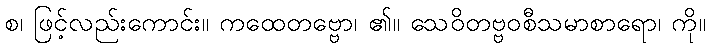
စ၊ ဖြင့်လည်းကောင်း။ ကထေတဗ္ဗော၊ ၏။ သေဝိတဗ္ဗဝစီသမာစာရော၊ ကို။